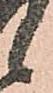
候